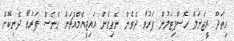
ހިތަދޫ ރީޖަނަލް ހޮސްޕިޓަލުން ފަރުވާ ދެވެން ނެތިގެން އައިޖީއެމްއެޗަށް ގެނެސް ފަރުވާ ދެނިކޮށް